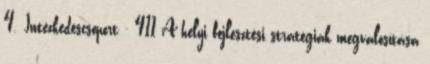
4. Intézkedéscsoport - 411 A helyi fejlesztési stratégiák megvalósítása